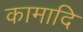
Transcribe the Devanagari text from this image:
कामादि